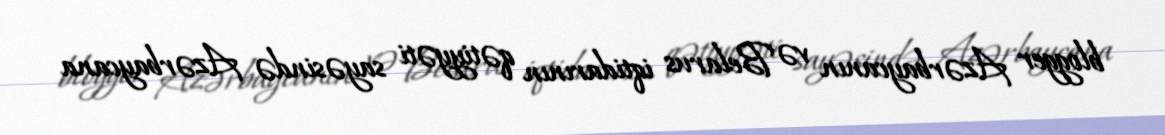
blogger Azərbaycanın və Belarus iqtidarının qətiyyəti sayəsində Azərbaycana